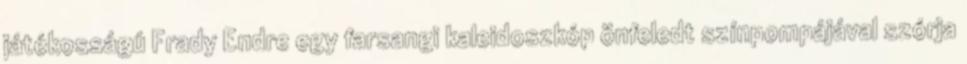
játékosságú Frady Endre egy farsangi kaleidoszkóp önfeledt színpompájával szórja